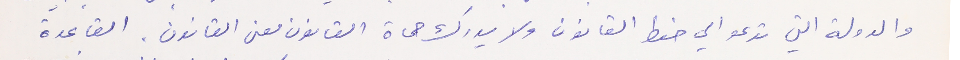
والدولة التي تدعو الي حفط القانون ولا يدرك حماة القانون معنى القانون، القاعدة